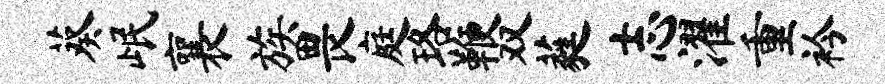
葵岷襄族畏庭珞鞭双蕤志濯重衿